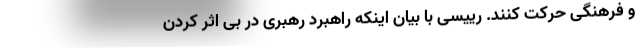
و فرهنگی حرکت کنند. رییسی با بیان اینکه راهبرد رهبری در بی اثر کردن